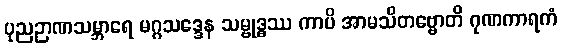
ပုညဉာဏသမ္ဘာရေ မဂ္ဂသဒ္ဒေန သမ္ဗုဒ္ဓဿ ကာပိ အာမသိတဗ္ဗောတိ ဂုဏကာရကံ